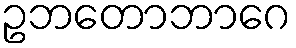
ဥဘတောဘာဂေ